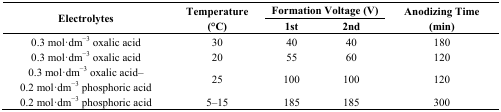
<table><thead><tr><td rowspan="2"><b>Electrolytes</b></td><td rowspan="2"><b>Temperature (°C)</b></td><td colspan="2"><b>Formation Voltage (V)</b></td><td rowspan="2"><b>Anodizing Time (min)</b></td></tr><tr><td><b>1st</b></td><td><b>2nd</b></td></tr></thead><tbody><tr><td>0.3 mol·dm<sup>−3</sup> oxalic acid</td><td>30</td><td>40</td><td>40</td><td>180</td></tr><tr><td>0.3 mol·dm<sup>−3</sup> oxalic acid</td><td>20</td><td>55</td><td>60</td><td>120</td></tr><tr><td>0.3 mol·dm<sup>−3</sup> oxalic acid–0.2 mol·dm<sup>−3</sup> phosphoric acid</td><td>25</td><td>100</td><td>100</td><td>120</td></tr><tr><td>0.2 mol·dm<sup>−3</sup> phosphoric acid</td><td>5–15</td><td>185</td><td>185</td><td>300</td></tr></tbody></table>